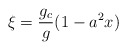
\begin{align*}\xi = \frac{g_c}{g}(1- a^2x)\end{align*}